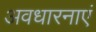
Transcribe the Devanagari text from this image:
अवधारनाएं